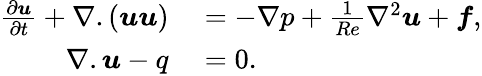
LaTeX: \begin{array}{rl}{\frac{\partial\boldsymbol{u}}{\partial t}+\nabla.({\boldsymbol{u}}{\boldsymbol{u}})}&{{}=-{\nabla}{p}+\frac{1}{Re}{\nabla}^{2}{\boldsymbol{u}}+\boldsymbol{f},}\\ {{\nabla}.{\boldsymbol{u}}-q}&{{}=0.}\end{array}